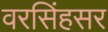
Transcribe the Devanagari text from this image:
वरसिंहसर